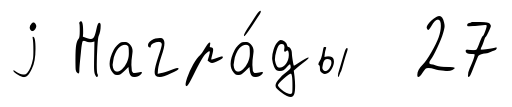
j Награ́ды 27